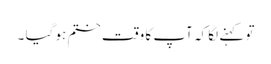
تو کہنے لگا کہ آپ کا وقت ختم ہو گیا ۔